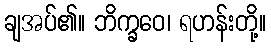
ချအပ်၏။ ဘိက္ခဝေ၊ ရဟန်းတို့။